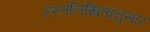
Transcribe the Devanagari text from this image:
हस्तलिखितांनुसार